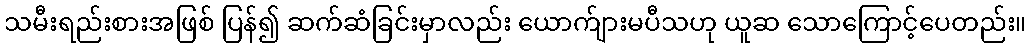
သမီးရည်းစားအဖြစ် ပြန်၍ ဆက်ဆံခြင်းမှာလည်း ယောက်ျားမပီသဟု ယူဆ သောကြောင့်ပေတည်း။